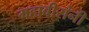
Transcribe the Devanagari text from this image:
महावीरांनी